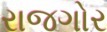
રાજગોર